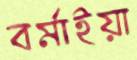
বর্মাইয়া